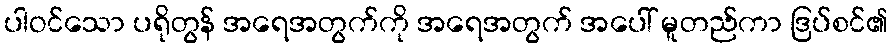
ပါဝင်သော ပရိုတွန် အရေအတွက်ကို အရေအတွက် အပေါ် မူတည်ကာ ဒြပ်စင်၏